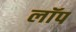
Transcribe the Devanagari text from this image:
लॉप